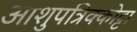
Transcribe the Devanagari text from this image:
आशुपत्रिक्कोट्टा